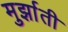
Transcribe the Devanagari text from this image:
मुर्झाती